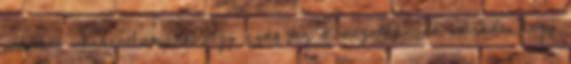
pelenkát vásárolhatnánk. Így csak az a megoldásunk maradt, hogy